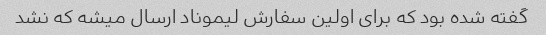
گفته شده بود که برای اولین سفارش لیموناد ارسال میشه که نشد